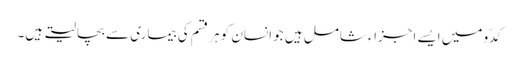
کدّو میں ایسے اجزاء شامل ہیں جو انسان کو ہر قسم کی بیماری سے بچا لیتے ہیں۔